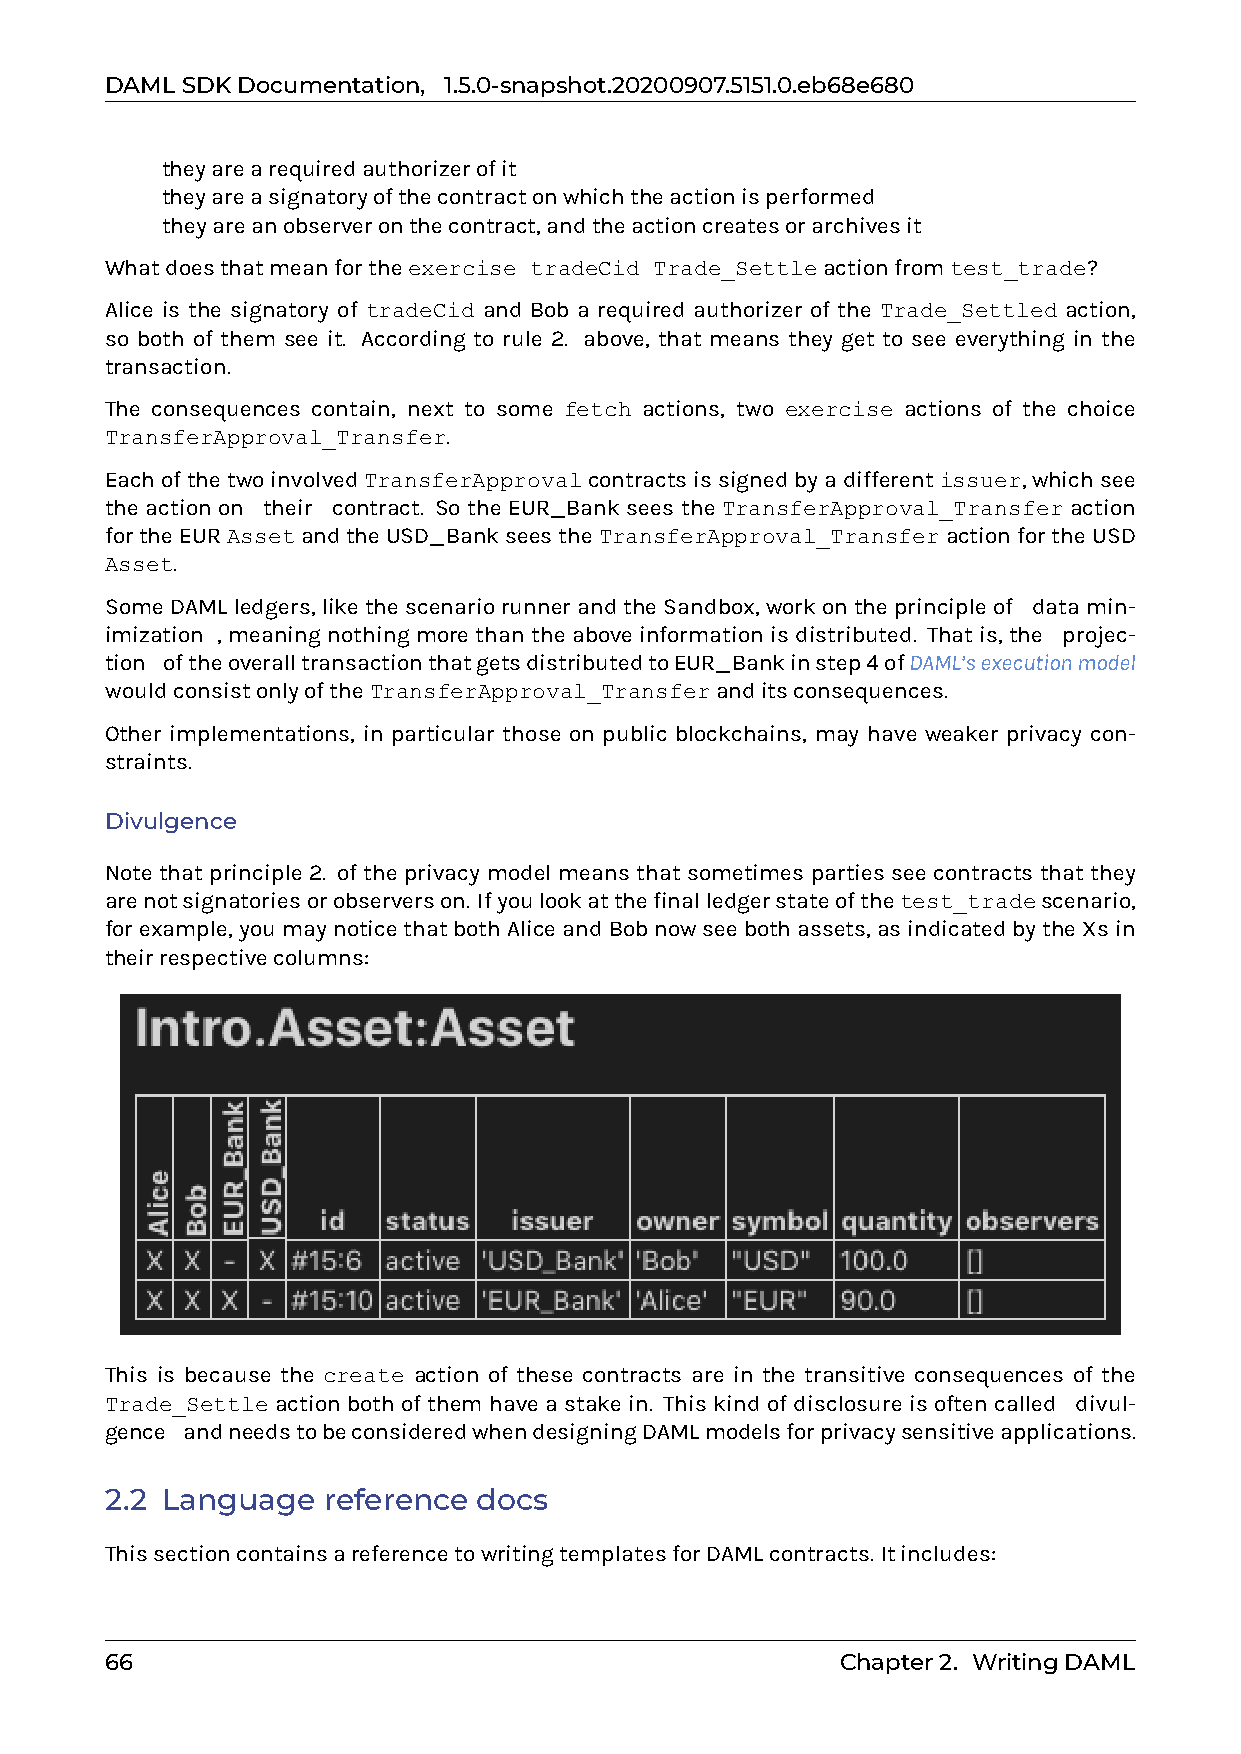
DAMLSDKDocumentation, 1.5.0-snapshot.20200907.5151.0.eb68e680
 0 theyarearequiredauthorizerofit
 0 theyareasignatoryofthecontractonwhichtheactionisperformed
 0 theyareanobserveronthecontract,andtheactioncreatesorarchivesit
 Whatdoesthatmeanfortheexercise tradeCid Trade_Settleactionfromtest_trade?
 Alice is the signatory of tradeCid and Bob a required authorizer of the Trade_Settled action,
 so both of them see it. According to rule 2. above, that means they get to see everything in the
 transaction.
 The consequences contain, next to some fetch actions, two exercise actions of the choice
 TransferApproval_Transfer.
 EachofthetwoinvolvedTransferApprovalcontractsissignedbyadifferentissuer,whichsee
 the action on 0their0 contract. So the EUR_Bank sees the TransferApproval_Transfer action
 fortheEURAssetandtheUSD_BankseestheTransferApproval_TransferactionfortheUSD
 Asset.
 SomeDAMLledgers,likethescenariorunnerandtheSandbox,workontheprincipleof0datamin-
 imization0, meaning nothing more than the above information is distributed. That is, the 0projec-
 tion0oftheoveralltransactionthatgetsdistributedtoEUR_Bankinstep4ofDAML’sexecutionmodel
 wouldconsistonlyoftheTransferApproval_Transferanditsconsequences.
 Other implementations, in particular those on public blockchains, may have weaker privacy con-
 straints.
 Divulgence
 Note that principle 2. of the privacy model means that sometimes parties see contracts that they
 arenotsignatoriesorobserverson. Ifyoulookatthefinalledgerstateofthetest_tradescenario,
 forexample,youmaynoticethatbothAliceandBobnowseebothassets,asindicatedbytheXsin
 theirrespectivecolumns:
 This is because the create action of these contracts are in the transitive consequences of the
 Trade_Settle action both of them have a stake in. This kind of disclosure is often called 0divul-
 gence0andneedstobeconsideredwhendesigningDAMLmodelsforprivacysensitiveapplications.
 2.2 Language  reference  docs
 ThissectioncontainsareferencetowritingtemplatesforDAMLcontracts. Itincludes:
 66                                               Chapter2. WritingDAML